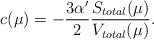
LaTeX: \begin{align*}c(\mu) = -\frac{3\alpha'}2\frac{S_{total}(\mu)}{V_{total}(\mu)}. \end{align*}